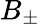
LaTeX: B_{\pm}